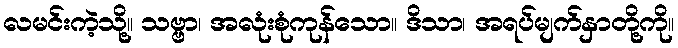
လမင်းကဲ့သို့။ သဗ္ဗာ၊ အလုံးစုံကုန်သော။ ဒိသာ၊ အရပ်မျက်နှာတို့ကို။